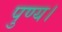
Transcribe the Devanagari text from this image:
पुण्य।